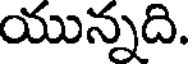
యున్నది.